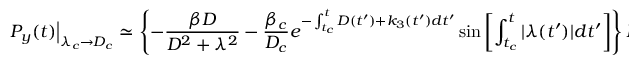
\left. P _ { y } ( t ) \right| _ { \lambda _ { c } \to D _ { c } } \simeq \left\{ - \frac { \beta D } { D ^ { 2 } + \lambda ^ { 2 } } - \frac { \beta _ { c } } { D _ { c } } e ^ { - \int _ { t _ { c } } ^ { t } D ( t ^ { \prime } ) + k _ { 3 } ( t ^ { \prime } ) d t ^ { \prime } } \sin \left[ \int _ { t _ { c } } ^ { t } | \lambda ( t ^ { \prime } ) | d t ^ { \prime } \right] \right\} P _ { z } ( t ) .